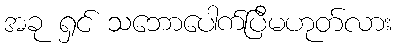
အခု ရှင် သဘောပေါက်ပြီမဟုတ်လား